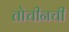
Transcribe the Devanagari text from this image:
तोचीनची